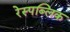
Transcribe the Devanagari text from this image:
रेस्पब्लिक